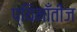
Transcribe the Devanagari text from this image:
प्यिमाँतीज